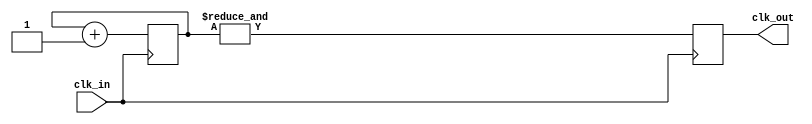
`timescale 1ns / 1ps
//////////////////////////////////////////////////////////////////////////////////
// Company: 
// Engineer: 
// 
// Design Name: 
// Module Name:    timerDivider 
// Project Name: 
// Target Devices: 
// Tool versions: 
// Description: 
//
// Dependencies: 
//
// Revision: 
// Revision 0.01 - File Created
// Additional Comments: 
//
//////////////////////////////////////////////////////////////////////////////////
module timerDivider(
    input clk_in,
    output reg clk_out
    );
	 
	 reg[23:0] buffer;
	 
	 always@(posedge clk_in)
	 begin
		buffer <= buffer +1;
		clk_out <= &buffer;
	 end


endmodule